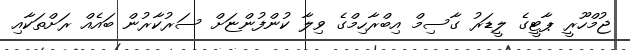
ޖުމްހޫރީ ޕާޓީގެ ލީޑަރު ގާސިމް އިބްރާހިމްގެ ވިލާ ކުންފުންޏަށް ސަރުކާރުން ބައެއް ރަށްތަކާއި